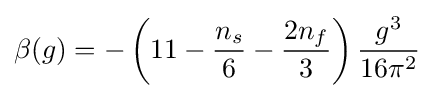
\beta (g)=-\left(11-{\frac {n_{s}}{6}}-{\frac {2n_{f}}{3}}\right){\frac {g^{3}}{16\pi ^{2}}}~